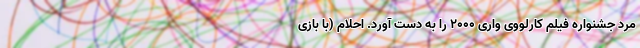
مرد جشنواره فیلم کارلووی واری ۲۰۰۰ را به دست آورد. احلام (با بازی